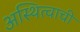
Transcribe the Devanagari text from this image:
अस्थित्वाची